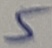
Text: 5